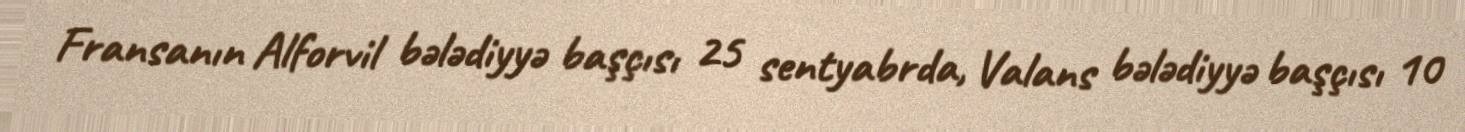
Fransanın Alforvil bələdiyyə başçısı 25 sentyabrda, Valans bələdiyyə başçısı 10